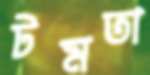
টমতা